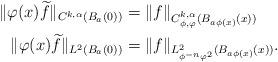
LaTeX: \begin{align*}\| \varphi(x) \widetilde{f} \|_{C^{k, \alpha} (B_a(0))} &= \| f \|_{C^{k,\alpha}_{\phi, \varphi} (B_{a\phi(x)} (x))}\\\|\varphi (x)\widetilde{f} \|_{L^2 (B_a(0))} &= \| f \|_{L^2_{\phi^{-n} \varphi^2}(B_{a\phi(x)} (x))}.\end{align*}